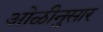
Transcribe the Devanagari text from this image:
ओळीनुसार